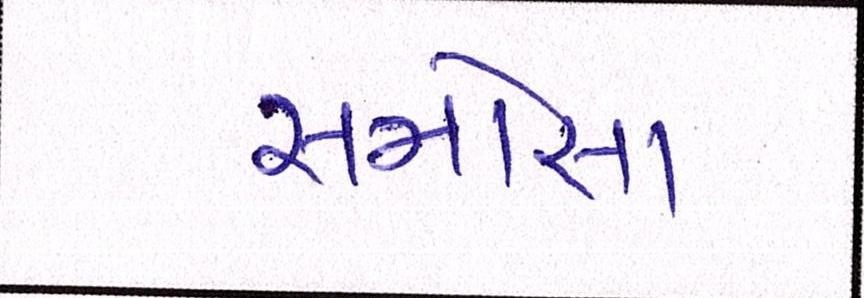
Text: સમોસા